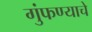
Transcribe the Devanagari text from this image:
गुंफण्याचे